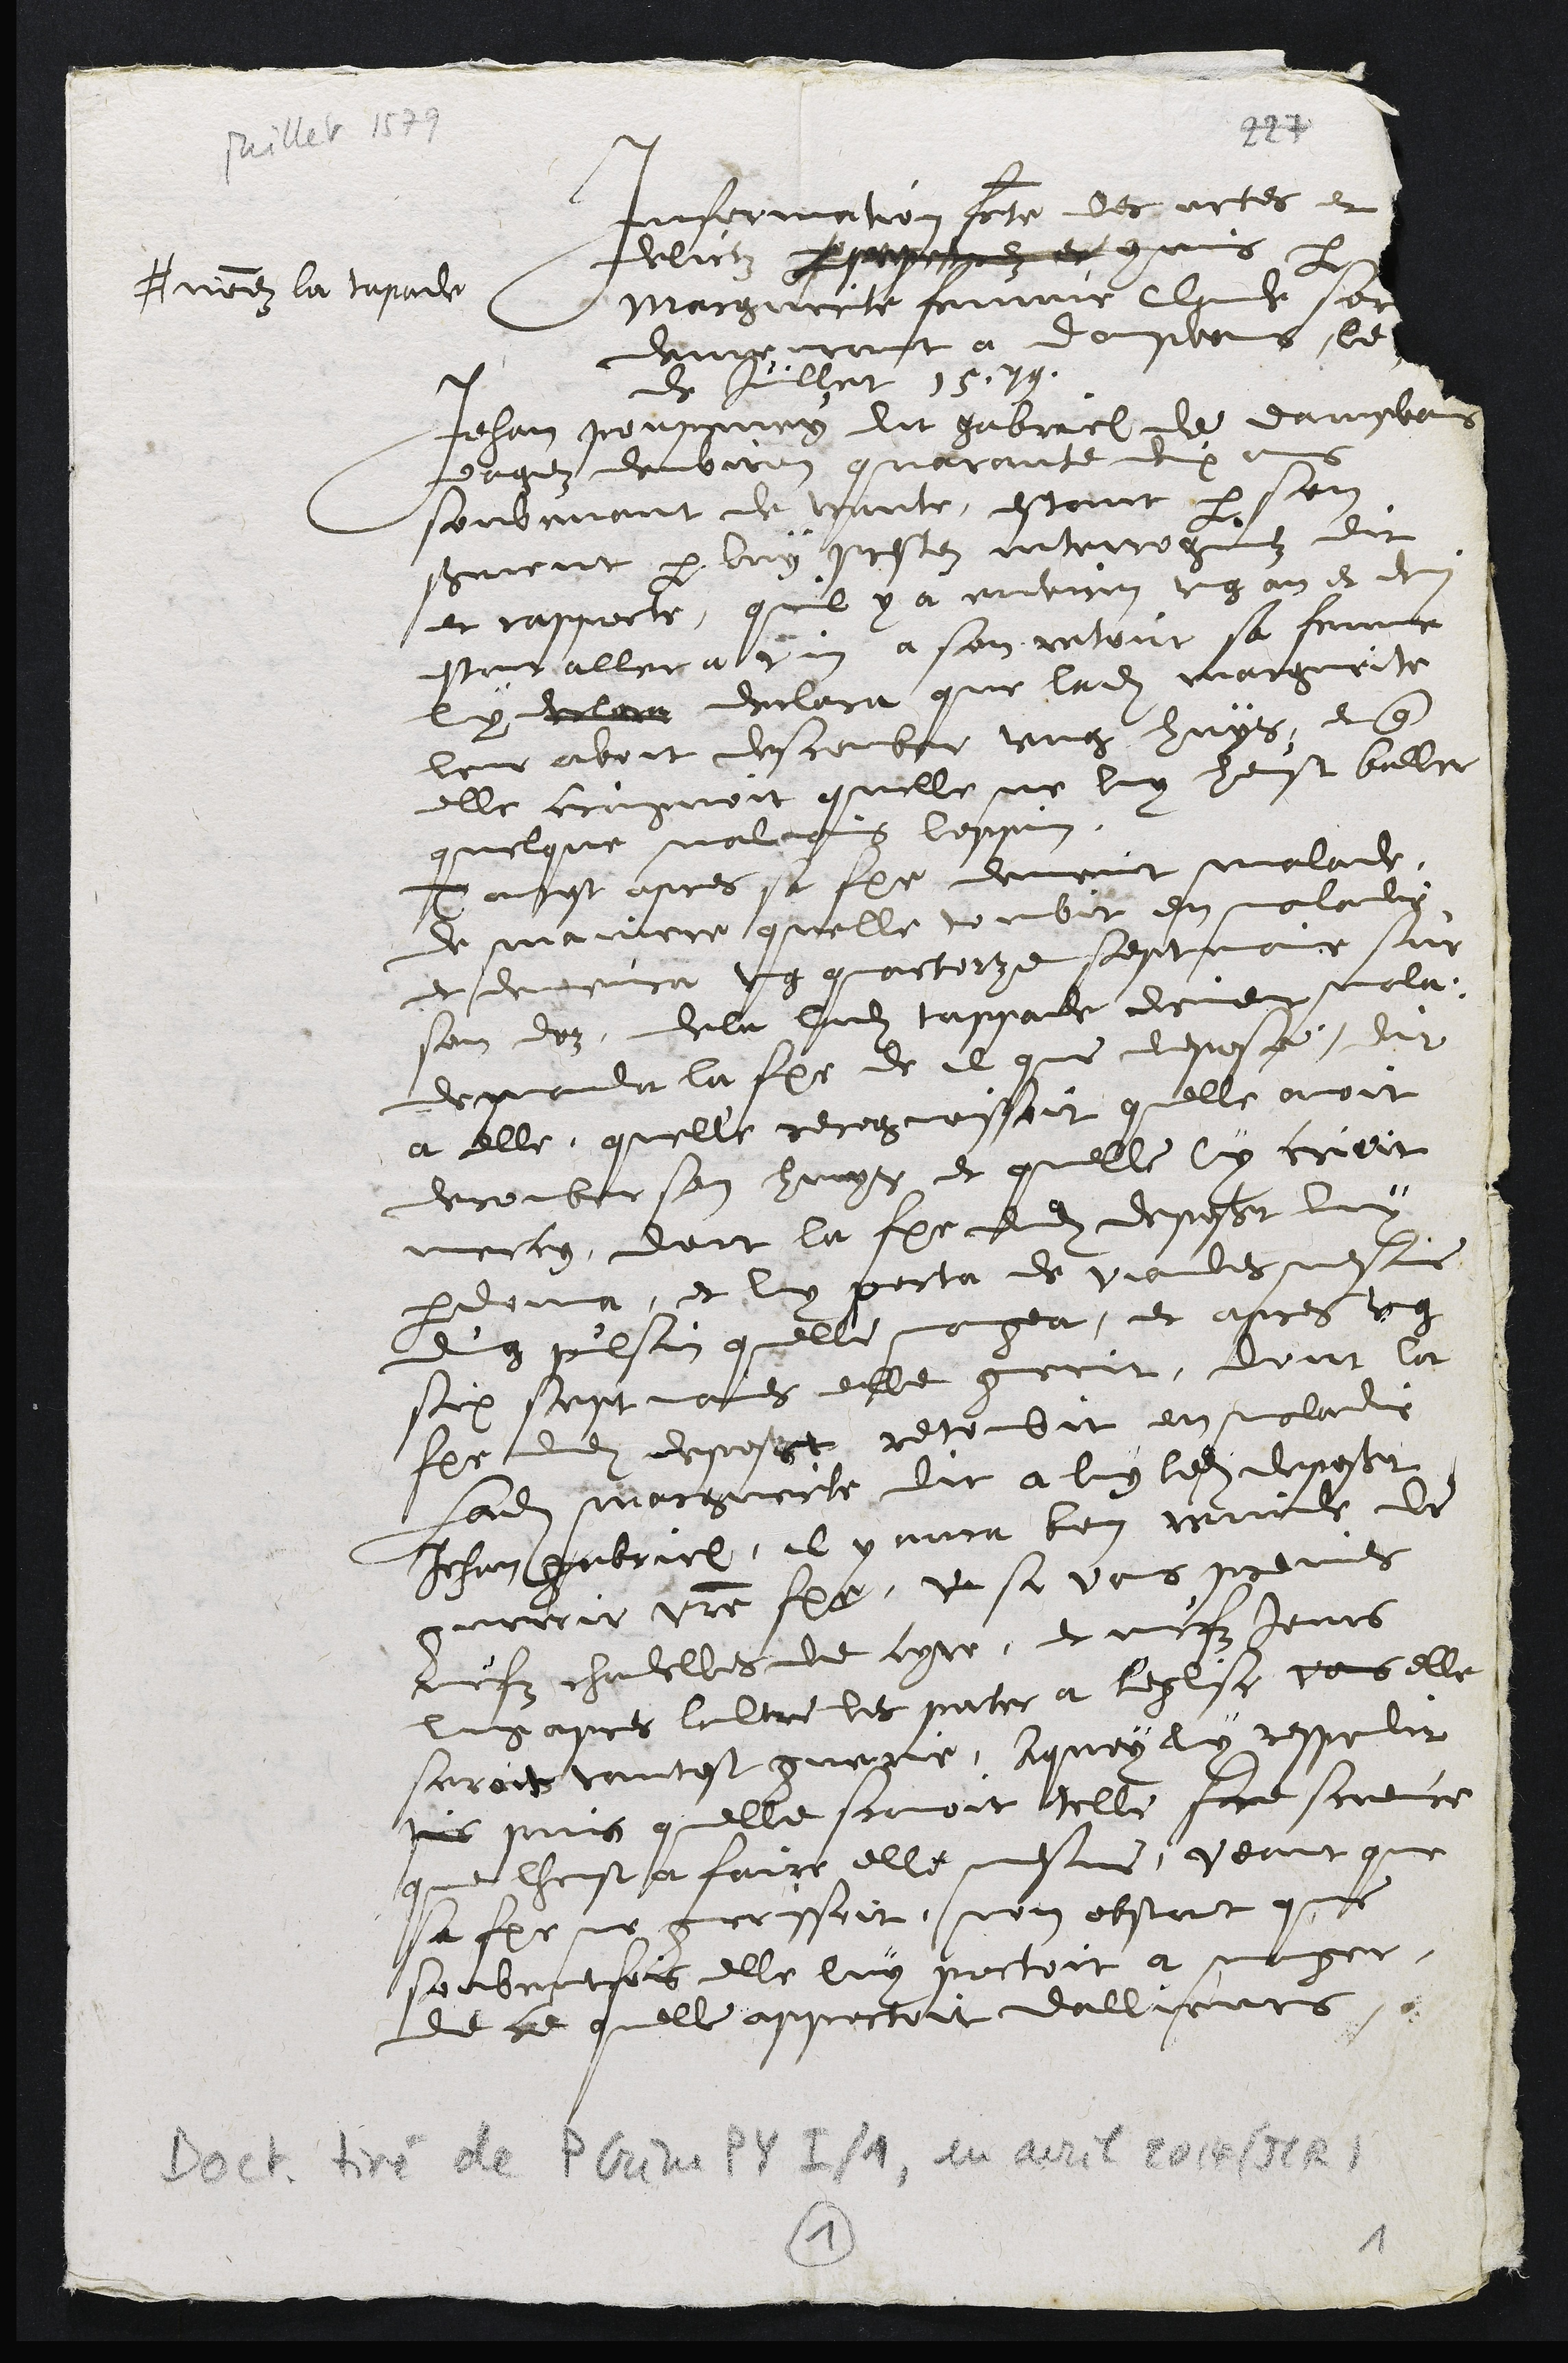
juillet 1579
Information faicte des actes et
delictz perpetrez et commis par
Marguerite femme Claude Sordel
# nommez la tapade
demeurant a Dampvans le
de Juillet 1579.
Jehan pronsguey dit gabriel de dampvans
eagez denviron quarante deux ans
soubvenant de trante, estant par son
serement par luy prestez interrogiez dit
et rapporte, quil y a environ ung an et demi
estant aller a vin a son retour sa femme
luy decla declara que ladite marguerite
leur avoit descomber ung huys, et que
elle crignoit quelle ne luy heust bailler
quelque malvais loppin
Tantost apres sa femme devint malade
de maniere quelle tombit en maladie
et demeura ung quatorze septmaine sur
son doz, dela ladite tappade deveint mala-
de manda la femme de Il que depose, dit

a elle quelle recognoissoit quelle avoit
decomber son champs et quelle luy crioit
mercy dont la femme dudit deposant luy
pardonna, et luy porta de viandes mesmes
dung pulsin quelle mangea, et apres ung
six septmaines elle guerit, dont la
femme dudit deposant retombit en maladie
Ladite marguerite dit a luy ledit deposant
Jehan gabriel, il y aura bien remede de
guerir votre femme, ve si vous prenes
neufz chandelles de cyre, et neufz jours
lung apres laultre les porter a leglise vous elle
seroit tantost guerie, A quoy luy respondit
pris puis quelle scavoit telle fare science
que lheust a faire elle mesme, veant que
sa femme ne guerissoit, non obstant que
souventefois elle luy portoit a manger,
de ce quelle apportoit dallieurs